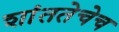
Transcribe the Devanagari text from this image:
शांततेचेच